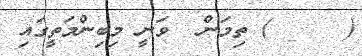
(     ) ތިމަން  ވަނީ މިބިންމަތީގައި